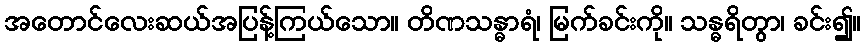
အတောင်လေးဆယ်အပြန့်ကြယ်သော။ တိဏသန္ဓာရံ၊ မြက်ခင်းကို။ သန္ဓရိတွာ၊ ခင်း၍။